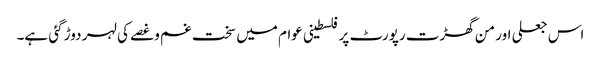
اس جعلی اور من گھڑت رپورٹ پر فلسطینی عوام میں سخت غم وغصے کی لہر دوڑ گئی ہے۔